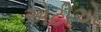
એટીએ